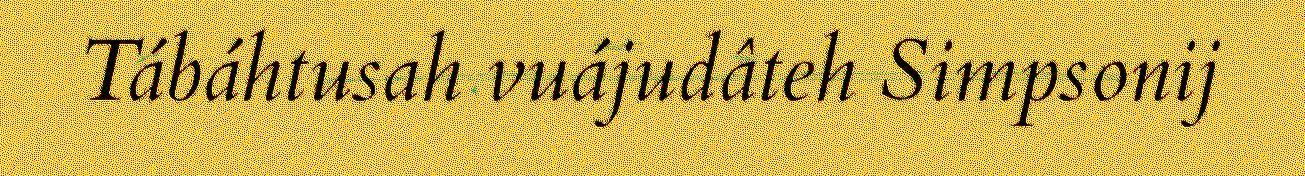
Tábáhtusah vuájudâteh Simpsonij